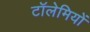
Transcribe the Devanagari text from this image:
टॉलेमियों